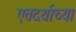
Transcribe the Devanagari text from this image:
एतदर्थाच्या